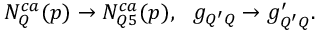
N _ { Q } ^ { c a } ( p ) \rightarrow N _ { Q 5 } ^ { c a } ( p ) , \ \ g _ { Q ^ { \prime } Q } \rightarrow g _ { Q ^ { \prime } Q } ^ { \prime } .